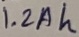
Text: 1.2Ah